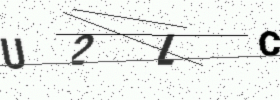
Text: U2LC